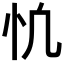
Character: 𢖾